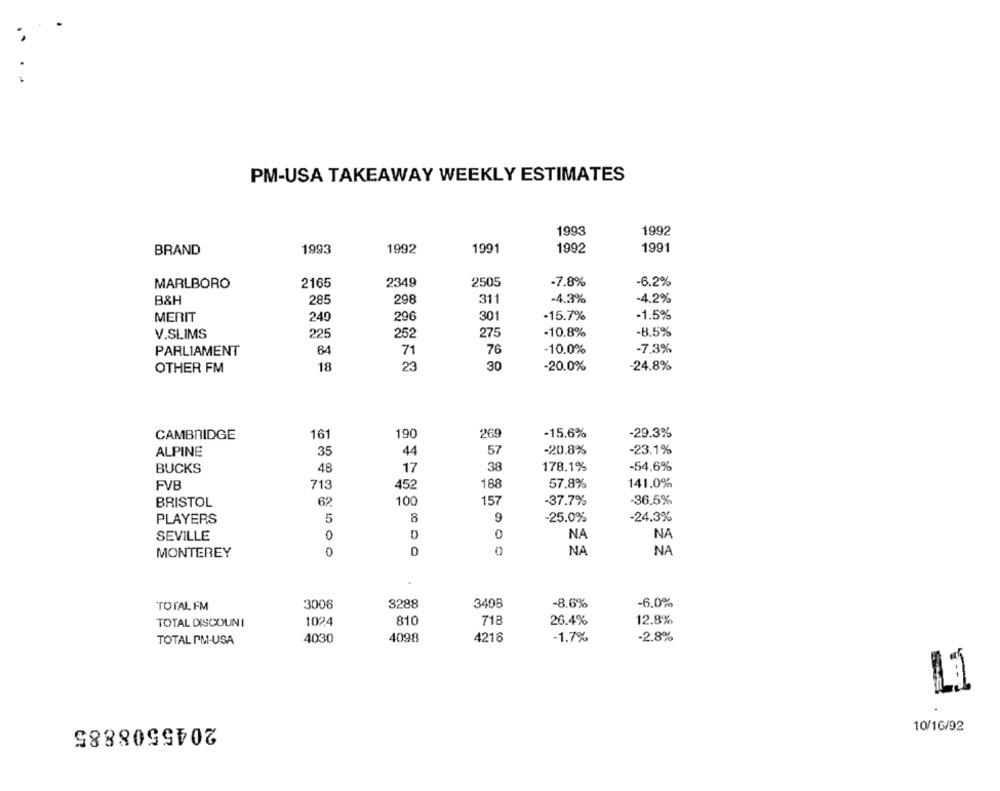
PM-USA TAKEAWAY WEEKLY ESTIMATES
1993
1992
BRAND
1993
1992
1991
1992
1991
MARLBORO
2165
2349
2505
-7.8%
-6.2%
B&H
285
298
311
-4.3%
-4.2%
301
-15.7%
-1.5%
MERIT
249
296
-10.8%
-8.5%
V.SLIMS
225
252
275
-7,3%
PARLIAMENT
64
71
76
-10.0%
OTHER FM
18
23
30
-20.0%
-24.8%
CAMBRIDGE
161
190
269
-15.6%
-29.3%
35
44
57
-20.8%
-23.1%
ALPINE
48
17
38
178.1%
-54.6%
BUCKS
FVB
713
452
188
57.8%
141.0%
BRISTOL
62
100
157
37.7%
-36.5%
PLAYERS
5
8
9
-25.0%
-24.3%
SEVILLE
0
D
NA
NA
MONTEREY
0
0
0
NA
NA
TOTAL FM
3006
3288
3408
-8.6%
-6.0%
TOTAL DISCOUN I
1024
810
718
26.4%
12.8%
TOTAL PM-USA
4030
4098
4216
-1.7%
-2.8%
2045508885
10/16/92